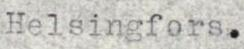
Helsingfors.